Annual report of the Punjab Veterinary College and of the Civil Veterinary Department, Punjab - 1894-1908
Year: 1894
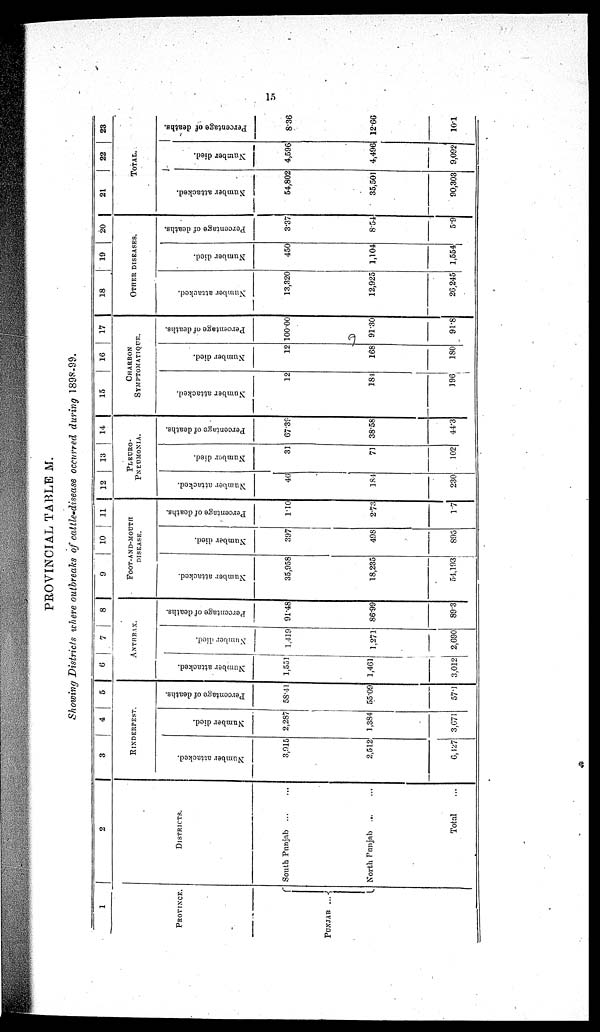
15
PROVINCIAL TABLE M.
Showing Districts where outbreaks of cattle-disease occurred during 1898-99.
1
PROVINCE.
PUNJAB
...
2
DISTRICT.
South Punjab ... ...
North Punjab ... ...
Total
3
4 5
RINDERPEST.
Number attacked.
3,915
2,512
6,427
Number died.
2,287
1,384
3,671
Percentage of deaths.
58.41
55.09
57.1
6
7
8
ANTHRAX.
Number attacked.
1,551
1,461
3,012
Number died.
1,419
1,271
2,690
Percentage of deaths.
91.48
86.99
89.3
9
10
11
FOOT-AND-MOUTH
DISEASE.
Number attacked.
35,958
18,235
54,193
Number died.
397
498
895
Percentage of deaths.
1.10
2.73
1.7
12
13
14
PLEURO¬
PNEUMONIA.
Number attacked.
46
184
230
Number died.
31
71
102
Percentage of deaths.
67.39
38.58
44.3
15 16 17
CHARBON
SYMPTOMATIQUE.
Number attacked.
12
184
196
Number died.
12
168
180
Percentage of deaths.
100.00
91.30
91.8
18
19
20
OTHER DISEASES.
Number attacked.
13,320
12,925
26,245
Number died.
450
1,104
1,554
Percentage of deaths.
3.37
8.54
5.9
21
22
23
TOTAL.
Number attacked.
54,802
35,501
90,303
Number died.
4,596
4,496
9,092
Percentage of deaths.
8.36
12.66
10.1